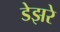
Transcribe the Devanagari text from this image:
डेझरे